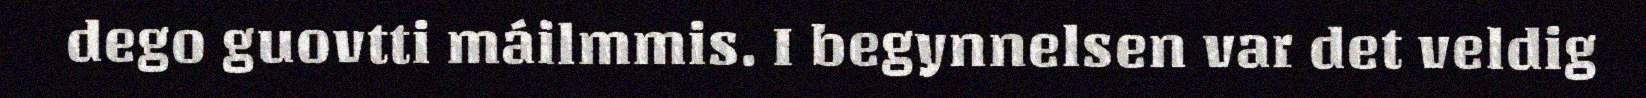
dego guovtti máilmmis. I begynnelsen var det veldig